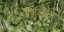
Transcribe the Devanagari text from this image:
डबेवाल्यांसह